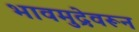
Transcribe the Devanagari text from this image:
भावमुद्रेवरून